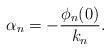
LaTeX: \begin{align*}\alpha_n=-\frac{\phi_n(0)}{k_n}. \end{align*}